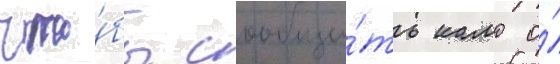
что́бы сообщи́ть камо о́